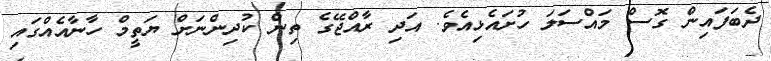
ދެބަފައިން ގޮސް މައްސަލަ ހުށައެޅިއެވެ. އަދި ރާއްޖޭގެ ތިން ކުދިންނަށް ޔަތީމް ހާނާއެއްގައި